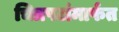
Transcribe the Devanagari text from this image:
चित्रपटांमार्फत